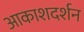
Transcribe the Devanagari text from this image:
आकाशदर्शन